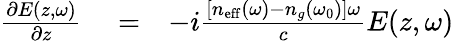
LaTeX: \begin{array}{rlr}{\frac{\partial E(z,\omega)}{\partial z}}&{{}=}&{-i\frac{[n_{\mathrm{eff}}(\omega)-n_{g}(\omega_{0})]\omega}{c}E(z,\omega)}\end{array}